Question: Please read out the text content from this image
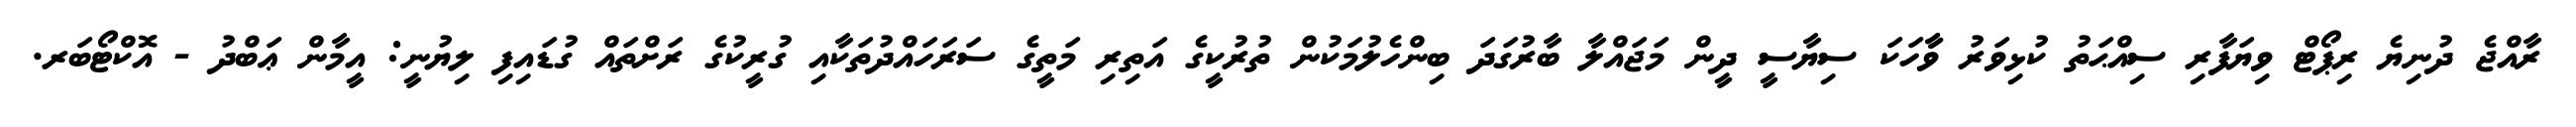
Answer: ރާއްޖެ ދުނިޔެ ރިޕޯޓް ވިޔަފާރި ސިއްޙަތު ކުޅިވަރު ވާާހަކަ ސިޔާސީ ދީން މަޖައްލާ ބާރުގަދަ ބިންހެލުމަކުން ތުރުކީގެ އަތިރި މަތީގެ ސަރަހައްދުތަކާއި ގުރީކުގެ ރަށްތައް ގުޑައިފި ލިޔުނީ: އީމާން ޢަބްދު - އޮކްޓޯބަރ.